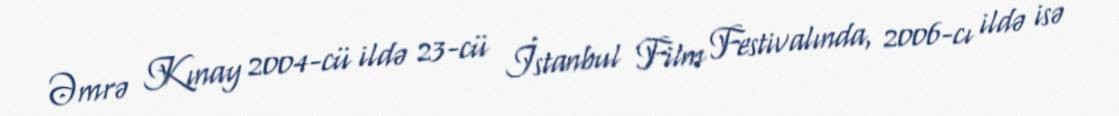
Əmrə Kınay 2004-cü ildə 23-cü İstanbul Film Festivalında, 2006-cı ildə isə